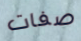
صفات